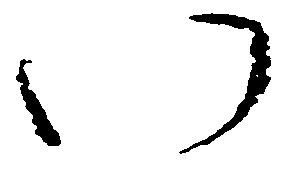
い